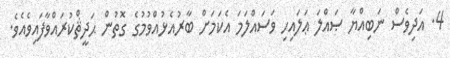
4. އަދިވެސް ނަބިއްޔާ ޞައްލަ ޢަލައިހި ވަސައްލަމަ އެކަމަށް ބާރުއެޅުއްވުމުގެ ގޮތުން ޙަދީޘްކުރައްވާފައިވެއެވެ.